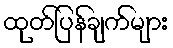
ထုတ်ပြန်ချက်များ